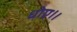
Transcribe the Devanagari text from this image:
धोए।।